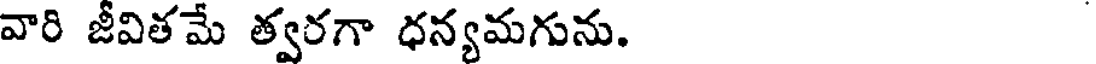
వారి జీవితమే త్వరగా ధన్యమగును.